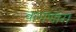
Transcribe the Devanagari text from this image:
वागणारा